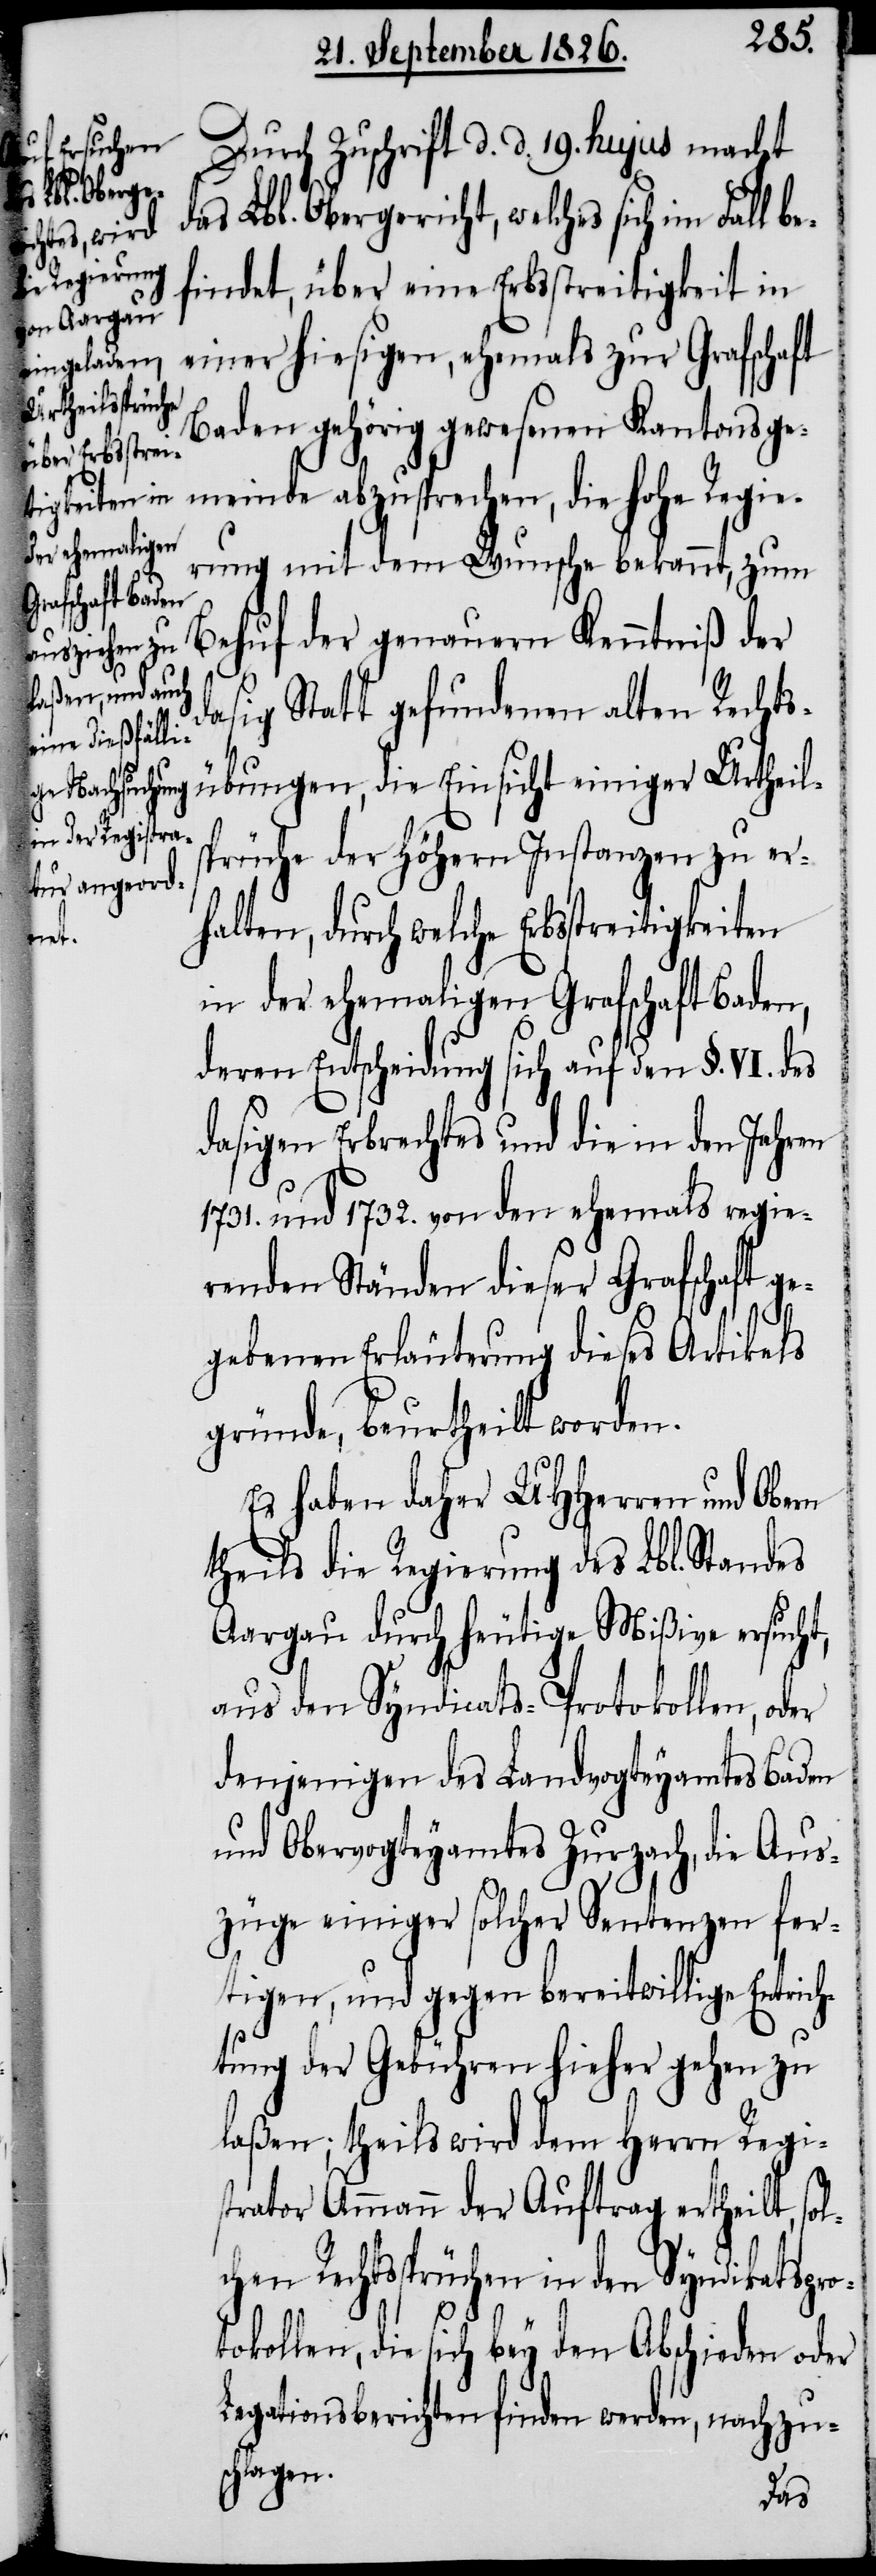
chtssprüchen
bey den
igkeiten i¬
Abschieden
oder

Durch Zuschrift d. d. 19. hujus macht
das Lbl. Obergericht, welches sich im Fall be¬
findet, über eine Erbsstreitigkeit in
einer hiesigen, ehemals zur Grafschaft
Baden gehörig gewesenen Kantonsge¬
meinde abzusprechen, die hohe Regie¬
rung mit dem Wunsche bekannt, zum
Behuf der genauern Kenntniß der
dasig Statt gefundenen alten Rechts¬
übungen, die Einsicht einiger Urtheils¬
sprüche der höhern Instanzen zu er¬
halten, durch welche Erbsstreit¬
n der ehemaligen Grafschaft Baden,
deren Entscheidung sich auf den §. VI. des
dasigen Erbrechtes und die in den Jahren
1731. und 1732. von den ehemals regie¬
renden Ständen dieser Grafschaft g¬
egebenen Erläuterung dieses Artikels
gründe, beurtheilt worden.
Es haben daher MHHerren und Obern
theils die Regierung des Lbl. Standes
Aargau durch heutige Mißiven ersucht,
in den Syndikatsprotokollen, die
denjenigen des Landvogteyamtes Baden
und Obervogteyamtes Zurzach, die Aus¬
züge einiger solcher Sentenzen fer¬
tigen, und gegen bereitwillige Entrich¬
tung der Gebühren hieher gehen zu
laßen; theils wird dem Herrn Regis¬
trator Ammann der Auftrag ertheilt, sol¬
Legationsberichten finden werden, nachzusc¬
hlagen.